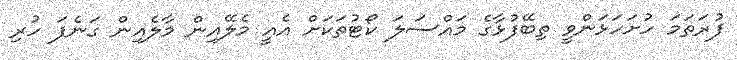
ފުރަތަމަ ހުށަހަޅަންވީ ތިބޭފުޅާގެ މައްސަލަ ކޯޓުތަކަށް އެއީ މެލޭއިން މާލެއިން ގަނެފަ ހުރި